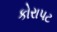
કોરાપટ